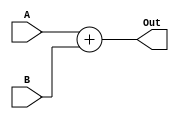
module Adder(A, B, Out);
input [31:0]  A, B;
output reg [31:0] Out;

    always@(A, B) begin
        Out <= A + B;
    end

endmodule